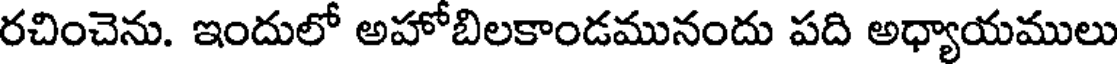
రచించెను. ఇందులో అహోబిలకాండమునందు పది అధ్యాయములు